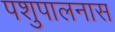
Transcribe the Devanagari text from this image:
पशुपालनास